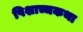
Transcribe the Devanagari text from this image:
पिशाच्चकथा